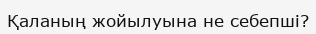
Қаланың жойылуына не себепші?